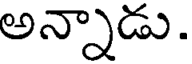
అన్నాడు.